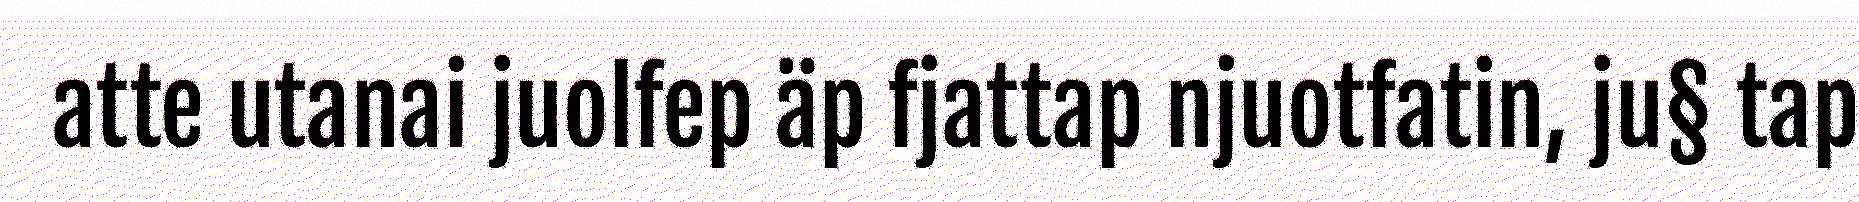
atte utanai juolfep äp fjattap njuotfatin, ju§ tap